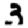
Digit: 3